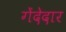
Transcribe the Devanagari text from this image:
गेंदेदार